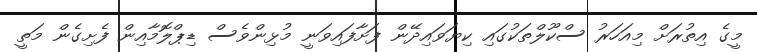
މީގެ އިތުރަށް މިއަހަރު ސްކޫލްތަކުގައި ކިޔަވައިދޭން ފަށާފައިވަނީ މުޅިންވެސް ޑިޕްލޮމާއިން ފެށިގެން މަތީ